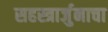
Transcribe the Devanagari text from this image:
सहस्त्रार्जुनाचा